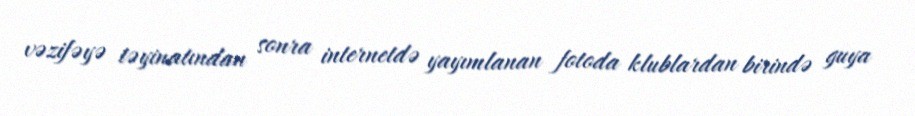
vəzifəyə təyinatından sonra internetdə yayımlanan fotoda klublardan birində guya